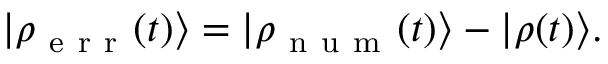
| \rho _ { \mathrm { ~ e ~ r ~ r ~ } } ( t ) \rangle = | \rho _ { \mathrm { ~ n ~ u ~ m ~ } } ( t ) \rangle - | \rho ( t ) \rangle .